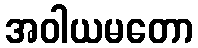
အဝါယမတော